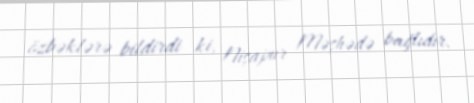
özbəklərə bildirdi ki, Nişapur Məşhədə bağlıdır.